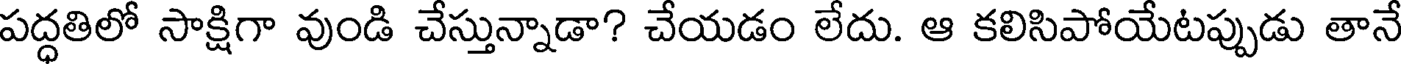
పద్ధతిలో సాక్షిగా వుండి చేస్తున్నాడా? చేయడం లేదు. ఆ కలిసిపోయేటప్పుడు తానే